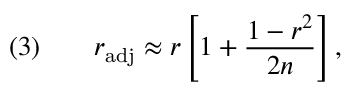
( 3 ) \qquad r _ { \mathrm { a d j } } \approx r \left[ 1 + { \frac { 1 - r ^ { 2 } } { 2 n } } \right] ,